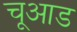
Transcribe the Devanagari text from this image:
चूआड